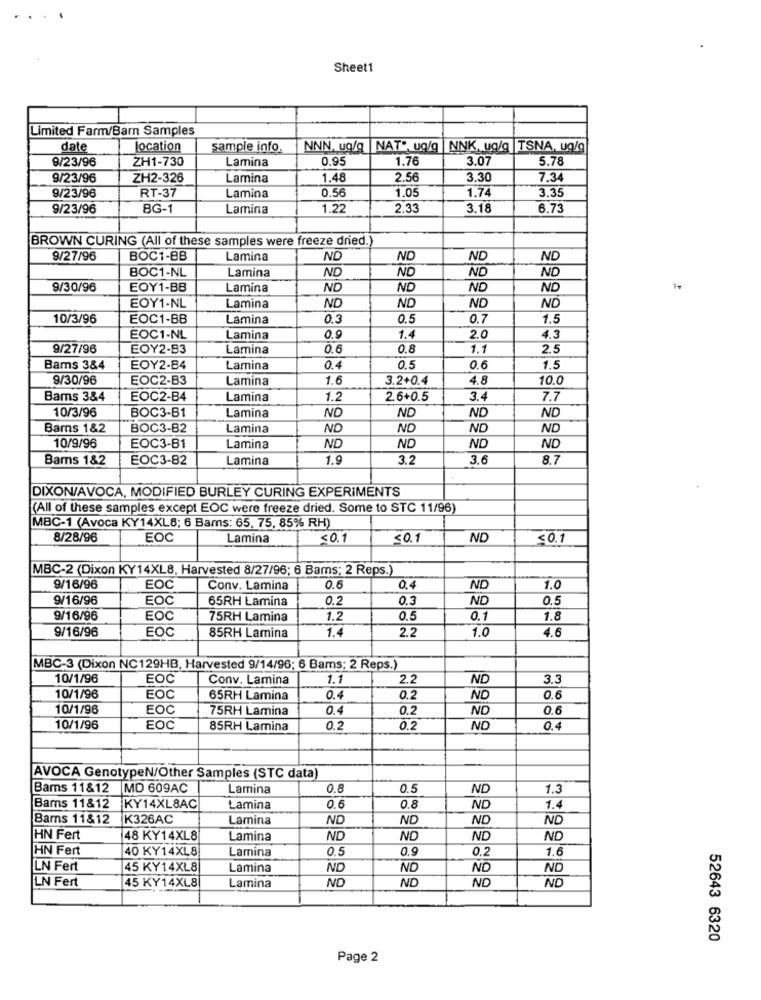
Sheet1
Limited Farm/Barn Samples
date
location
sample info.
NNN, ug/g NAT", ug/g |NNK, ug/g |TSNA, ug/g
9/23/96
ZH1-730
Lamina
0.95
1.76
3.0
5.78
9/23/96
ZH2-326
Lamina
1.48
2.56
3.30
7.34
RT-37
0.56
1.05
1.74
3.35
9/23/96
Lamina
9/23/96
BG-1
Lamina
1.22
2.33
3.18
8.73
BROWN CURING (All of these samples were freeze dried.)
9/27/96
BOC1-BB
Lamina
ND
ND
ND
ND
BOC1-NL
Lamina
ND
ND
ND
ND
9/30/96
EOY1-BB
Lamina
ND
ND
ND
ND
ND
ND
ND
EOY1-NL
Lamina
ND
10/3/96
EOC1-BB
Lamina
0.3
0.5
0.7
1.5
EOC1-NL
Lamina
0.9
1.4
2.0
4.3
9/27/96
EOY2-83
Lamina
0.6
0.8
1.1
2.5
Bams 3&4
EOY2-84
Lamina
0.4
0.5
0.6
1.5
9/30/96
EOC2-B3
Lamina
1.6
3.2+0.4
4.8
10.0
Bams 3&4
EOC2-B4
Lamina
1.2
2.6+0.5
3.4
7.7
10/3/96
BOC3-B1
ND
ND
ND
ND
Lamina
Barns 1&2
BOC3-B2
Lamina
ND
ND
ND
ND
ND
10/9/96
EOC3-81
Lamina
ND
ND
ND
Bams 182
EOC3-82
Lamina
1.9
3.2
3.6
8.7
DIXON/AVOCA, MODIFIED BURLEY CURING EXPERIMENTS
(All of these samples except EOC were freeze dried. Some to STC 11/96)
MBC-1 (Avoca KY14XL8; 6 Bams: 65, 75, 85% RH)
8/28/96
EOC
Lamina
<0.1
< 0.1
ND
<0.1
MBC-2 (Dixon KY14XL8, Harvested 8/27/96; 6 Bams; 2 Reps.
9/16/96
EOC
Conv. Lamina
0.6
0.4
ND
1.0
9/16/96
EOC
65RH Lamina
0.2
0.3
ND
0.5
9/16/96
EOC
75RH Lamina
1.2
0.5
0.1
1.8
9/16/96
EOC
85RH Lamina
1.4
2.2
1.0
4.6
MBC-3 (Dixon NC129HB, Harvested 9/14/96; 6 Bams; 2 Reps.)
10/1/96
EOC
Conv. Lamina
1.1
2.2
ND
3.3
10/1/96
EOC
65RH Lamina
0.4
0.2
ND
0.6
10/1/96
EOC
75RH Lamina
0.4
0.2
ND
0.6
10/1/96
EOC
85RH Lamina
0.2
0.2
ND
0.4
AVOCA GenotypeN/Other Samples (STC data)
Bams 11&12
MD 609AC
Lamina
0.8
0.5
ND
1.3
Bams 11&12
KY14XL8AC
Lamina
0.6
0.8
ND
1.4
Barns 11&12
K326AC
Lamina
ND
ND
ND
NO
HN Fert
48 KY14XL8
Lamina
ND
ND
ND
ND
HN Fert
40 KY14XL8
Lamina
0.5
0.9
0.2
1.6
LN Fert
45 KY14XL8
Lamina
ND
NO
ND
ND
LN Fert
Lamina
ND
ND
ND
ND
45 KY14XL8
52643 6320
Page 2